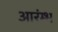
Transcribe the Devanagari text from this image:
आरंम्भ